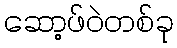
ဆော့ဖ်ဝဲတစ်ခု